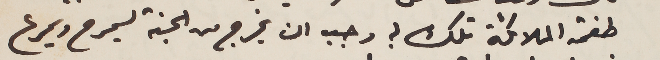
طغمة الملائكة تلك ؟ وجب ان يخرج من الجنة ليمرح ويمرع